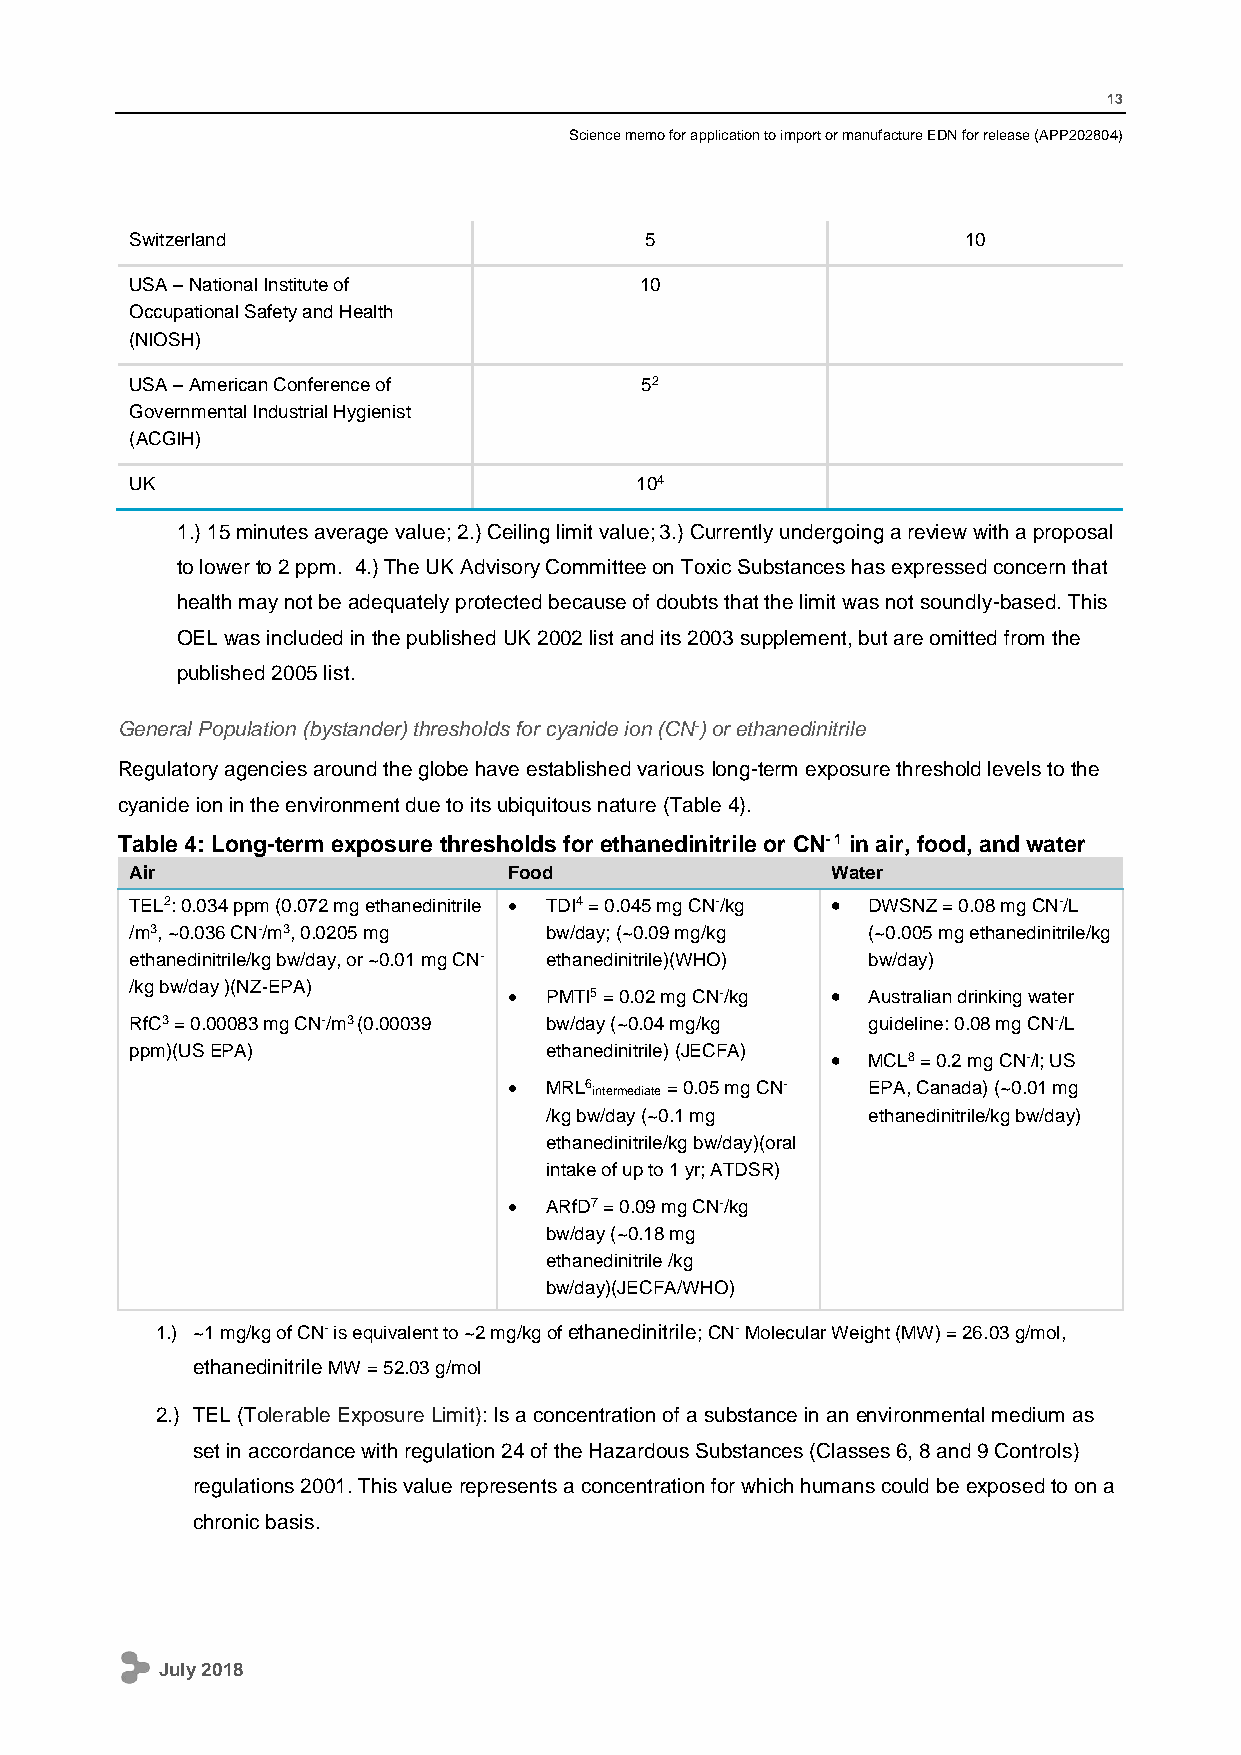
13
 Science memo for application to import or manufacture EDN for release (APP202804)
 Switzerland                       5                    10
 USA – National Institute of      10
 Occupational Safety and Health
 (NIOSH)
 USA – American Conference of     52
 Governmental Industrial Hygienist
 (ACGIH)
 UK                               104
 1.) 15 minutes average value; 2.) Ceiling limit value; 3.) Currently undergoing a review with a proposal
 to lower to 2 ppm. 4.) The UK Advisory Committee on Toxic Substances has expressed concern that
 health may not be adequately protected because of doubts that the limit was not soundly-based. This
 OEL was included in the published UK 2002 list and its 2003 supplement, but are omitted from the
 published 2005 list.
 General Population (bystander) thresholds for cyanide ion (CN-) or ethanedinitrile
 Regulatory agencies around the globe have established various long-term exposure threshold levels to the
 cyanide ion in the environment due to its ubiquitous nature (Table 4).
 Table 4: Long-term exposure thresholds for ethanedinitrile or CN- 1 in air, food, and water
 Air                      Food                 Water
 TEL2: 0.034 ppm (0.072 mg ethanedinitrile  TDI4 = 0.045 mg CN-/kg  DWSNZ = 0.08 mg CN-/L
 /m3, ~0.036 CN-/m3, 0.0205 mg bw/day; (~0.09 mg/kg (~0.005 mg ethanedinitrile/kg
 ethanedinitrile/kg bw/day, or ~0.01 mg CN- ethanedinitrile)(WHO) bw/day)
 /kg bw/day )(NZ-EPA)
  PMTI5 = 0.02 mg CN-/kg  Australian drinking water
 RfC3 = 0.00083 mg CN-/m3 (0.00039 bw/day (~0.04 mg/kg guideline: 0.08 mg CN-/L
 ppm)(US EPA)               ethanedinitrile) (JECFA)
  MCL8 = 0.2 mg CN-/l; US
  MRL6 intermediate = 0.05 mg CN- EPA, Canada) (~0.01 mg
 /kg bw/day (~0.1 mg  ethanedinitrile/kg bw/day)
 ethanedinitrile/kg bw/day)(oral
 intake of up to 1 yr; ATDSR)
  ARfD7 = 0.09 mg CN-/kg
 bw/day (~0.18 mg
 ethanedinitrile /kg
 bw/day)(JECFA/WHO)
 1.) ~1 mg/kg of CN- is equivalent to ~2 mg/kg of ethanedinitrile; CN- Molecular Weight (MW) = 26.03 g/mol,
 ethanedinitrile MW = 52.03 g/mol
 2.) TEL (Tolerable Exposure Limit): Is a concentration of a substance in an environmental medium as
 set in accordance with regulation 24 of the Hazardous Substances (Classes 6, 8 and 9 Controls)
 regulations 2001. This value represents a concentration for which humans could be exposed to on a
 chronic basis.
 July 2018